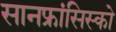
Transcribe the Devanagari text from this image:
सानफ्रांसिस्को